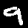
Label: 9